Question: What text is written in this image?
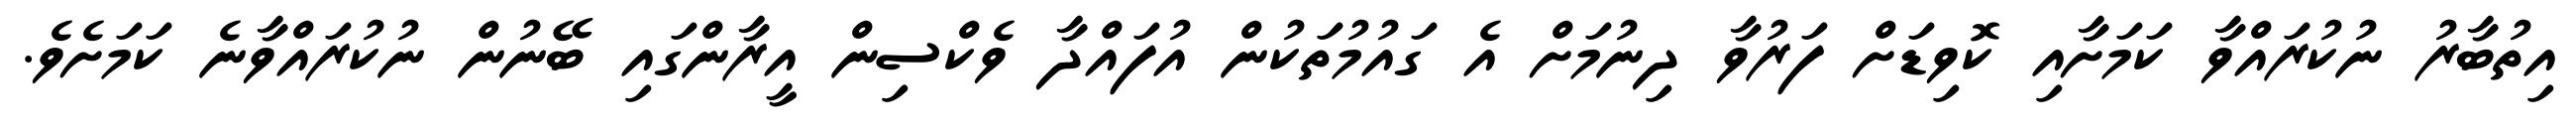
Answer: އިތުބާރު ނުކުރައްވާ ކަމަށާއި ކޮވިޑަށް ފަރުވާ ދިނުމަށް އެ ގައުމުތަކުން އުފައްދާ ވެކްސިން އީރާންގައި ބޭނުން ނުކުރައްވާނެ ކަމަށެވެ.